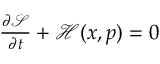
\begin{array} { r } { \frac { { \partial \mathcal { S } } } { { \partial t } } + \mathcal { H } ( x , p ) = 0 } \end{array}